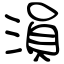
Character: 溳